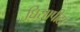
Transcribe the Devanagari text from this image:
घिसापीटा